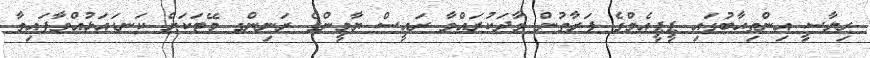
ރިޔާސީ އިންތިޙާބުގައި ޕީޕީއެމްގެ ފަރާތުން ވާދަކުރައްވާ ރައީސް ޔާމީންގެ ރަނިންގ މޭޓަކަށް ކަނޑައަޅުއްވާފައިވާ